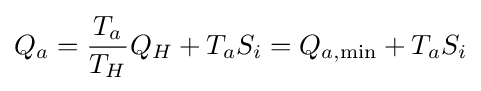
Q_{a}={\frac {T_{a}}{T_{H}}}Q_{H}+T_{a}S_{i}=Q_{a,{\text{min}}}+T_{a}S_{i}